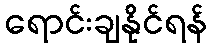
ရောင်းချနိုင်ရန်